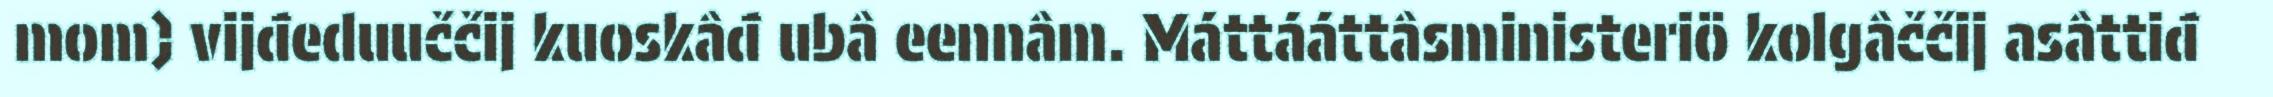
mom) vijđeduuččij kuoskâđ ubâ eennâm. Máttááttâsministeriö kolgâččij asâttiđ